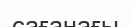
сағанағы